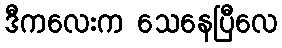
ဒီကလေးက သေနေပြီလေ